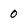
Character: 0